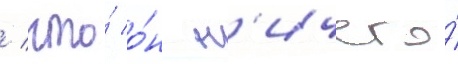
/ что́ о́н н'ичего́